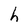
Character: h